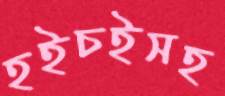
হইচইসহ